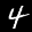
Label: 4